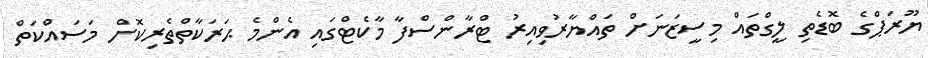
ޔޫރަޕްގެ ބޮޑެތި ލީގްތައް މިސީޒަނަށް ތައްޔާރުވިއިރު ޓްރާންސްފާ މާކެޓްގައި އެންމެ ޙަރަކާތްތެރިކޮށް މަސައްކަތް